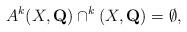
LaTeX: \begin{align*}A^k(X,\mathbf{Q})\cap^k(X,\mathbf{Q})=\emptyset,\end{align*}